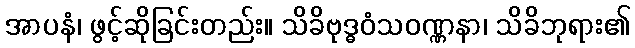
အာပနံ၊ ဖွင့်ဆိုခြင်းတည်း။ သိခိဗုဒ္ဓဝံသဝဏ္ဏနာ၊ သိခိဘုရား၏